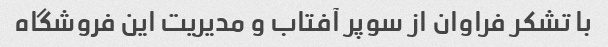
با تشکر فراوان از سوپر آفتاب و مدیریت این فروشگاه